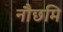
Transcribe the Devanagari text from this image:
नौछमि